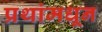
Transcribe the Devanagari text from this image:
प्रथांमधून